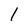
Character: l